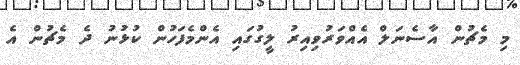
މި މެޗުން އާސެނަލް އެއްވަރުވިއިރު ލީގުގައި އެންމެފަހުން ކުޅުނު ދެ މެޗުން އެ